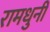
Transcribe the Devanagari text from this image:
रामधुनी